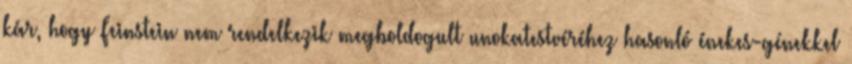
kár, hogy Feinstein nem rendelkezik megboldogult unokatestvéréhez hasonló énekes-génekkel